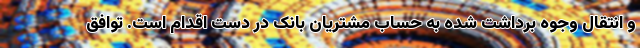
و انتقال وجوه برداشت شده به حساب مشتریان بانک در دست اقدام است. توافق